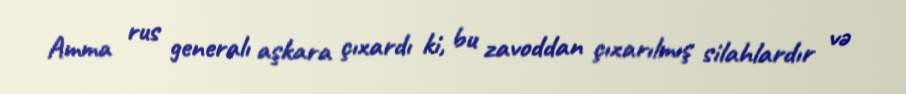
Amma rus generalı aşkara çıxardı ki, bu zavoddan çıxarılmış silahlardır və